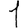
Digit: 1